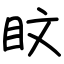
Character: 盿